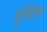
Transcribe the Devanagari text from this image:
गुडिंग